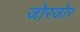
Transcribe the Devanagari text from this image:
जोरजोर